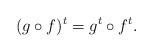
LaTeX: \begin{align*}(g\circ f)^t = g^t \circ f^t.\end{align*}